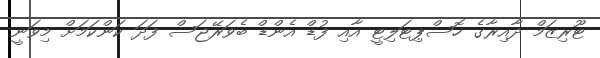
ޓޫރިޒަމް ދާއިރާގެ ހޮސްޕިޓަލިޓީ އާއި ފުޑް އެންޑް ބެވަރޭޖަސް ފަދަ ކަންކަމަށް މިވަނީ